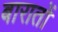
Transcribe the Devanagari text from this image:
बारातों